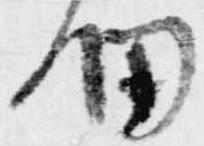
細